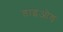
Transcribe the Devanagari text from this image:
डाइओड